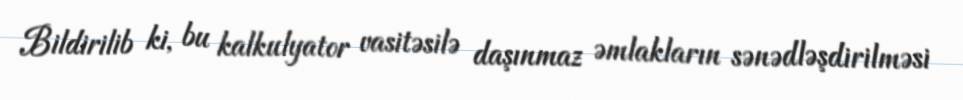
Bildirilib ki, bu kalkulyator vasitəsilə daşınmaz əmlakların sənədləşdirilməsi